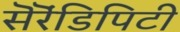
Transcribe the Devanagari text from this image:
सॆरॆंडिपिटी